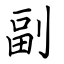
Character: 副